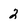
Character: 2